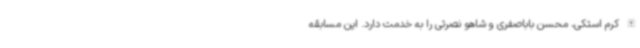
الله کرم استکی، محسن باباصفری و شاهو نصرتی را به خدمت دارد. این مسابقه